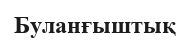
Буланғыштық